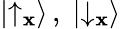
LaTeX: |{\uparrow}_{\mathbf{x}}\rangle\, ,\; |{\downarrow}_{\mathbf{x}}\rangle